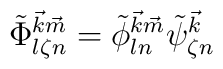
\tilde{\Phi}^{{\vec k}{\vec m}}_{l \zeta n} =\tilde{\phi}^{{\vec k}{\vec m}}_{l n} \tilde{\psi}^{{\vec k}}_{\zeta n}